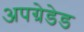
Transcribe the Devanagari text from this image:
अपग्रेडेड